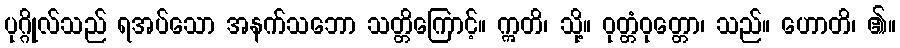
ပုဂ္ဂိုလ်သည် ရအပ်သော အနက်သဘော သတ္တိကြောင့်။ ဣတိ၊ သို့။ ဝုတ္တံဝုတ္တော၊ သည်။ ဟောတိ၊ ၏။